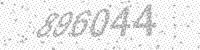
Solution: 496044